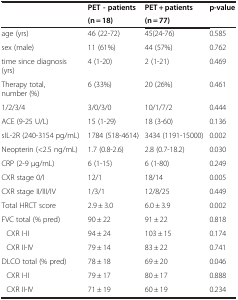
<table><thead><tr><td><b> </b></td><td><b>PET - patients</b></td><td><b>PET + patients</b></td><td><b>p-value</b></td></tr><tr><td><b> </b></td><td><b>(n = 18)</b></td><td><b>(n = 77)</b></td><td><b> </b></td></tr></thead><tbody><tr><td>age (yrs)</td><td>46 (22-72)</td><td>45(24-76)</td><td>0.585</td></tr><tr><td>sex (male)</td><td>11 (61%)</td><td>44 (57%)</td><td>0.762</td></tr><tr><td>time since diagnosis (yrs)</td><td>4 (1-20)</td><td>2 (1-21)</td><td>0.469</td></tr><tr><td>Therapy total, number (%)</td><td>6 (33%)</td><td>20 (26%)</td><td>0.461</td></tr><tr><td>1/2/3/4</td><td>3/0/3/0</td><td>10/1/7/2</td><td>0.444</td></tr><tr><td>ACE (9-25 U/L)</td><td>15 (1-29)</td><td>18 (3-60)</td><td>0.136</td></tr><tr><td>sIL-2R (240-3154 pg/mL)</td><td>1784 (518-4614)</td><td>3434 (1191-15000)</td><td>0.002</td></tr><tr><td>Neopterin (&lt;2.5 ng/mL)</td><td>1.7 (0.8-2.6)</td><td>2.8 (0.7-18.2)</td><td>0.030</td></tr><tr><td>CRP (2-9 μg/mL)</td><td>6 (1-15)</td><td>6 (1-80)</td><td>0.249</td></tr><tr><td>CXR stage 0/I</td><td>12/1</td><td>18/14</td><td>0.005</td></tr><tr><td>CXR stage II/III/IV</td><td>1/3/1</td><td>12/8/25</td><td>0.449</td></tr><tr><td>Total HRCT score</td><td>2.9 ± 3.0</td><td>6.0 ± 3.9</td><td>0.002</td></tr><tr><td>FVC total (% pred)</td><td>90 ± 22</td><td>91 ± 22</td><td>0.818</td></tr><tr><td>CXR I-II</td><td>94 ± 24</td><td>103 ± 15</td><td>0.174</td></tr><tr><td>CXR II-IV</td><td>79 ± 14</td><td>83 ± 22</td><td>0.741</td></tr><tr><td>DLCO total (% pred)</td><td>78 ± 18</td><td>69 ± 20</td><td>0.046</td></tr><tr><td>CXR I-II</td><td>79 ± 17</td><td>80 ± 17</td><td>0.888</td></tr><tr><td>CXR II-IV</td><td>71 ± 19</td><td>60 ± 19</td><td>0.234</td></tr></tbody></table>